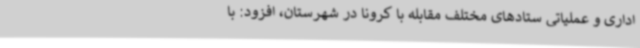
اداری و عملیاتی ستادهای مختلف مقابله با کرونا در شهرستان، افزود: با